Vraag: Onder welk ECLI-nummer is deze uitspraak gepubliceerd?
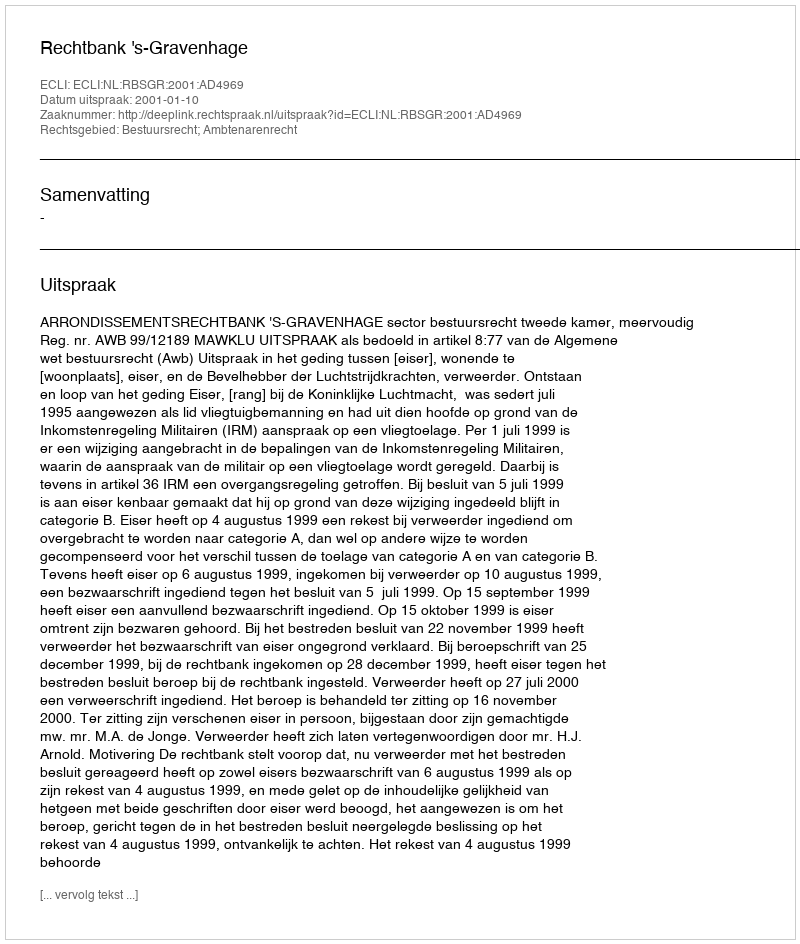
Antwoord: ECLI:NL:RBSGR:2001:AD4969